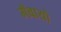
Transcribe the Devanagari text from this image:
गँवायो